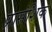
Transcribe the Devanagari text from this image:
प्रासंशिक